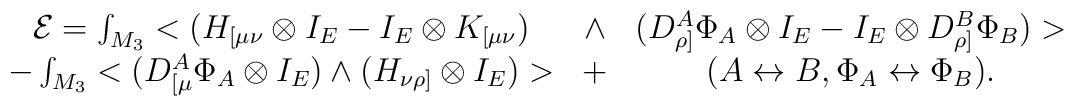
\begin{array}{ccc}{\cal E}=\int_{M_3}<(H_{[\mu \nu }\otimes I_E-I_E\otimes K_{[\mu \nu }) &\wedge & (D_{\rho ]}^A\Phi _A\otimes I_E-I_E\otimes D_{\rho ]}^B\Phi _B)>\\ -\int_{M_3}<(D_{[\mu }^A\Phi _A\otimes I_E)\wedge (H_{\nu \rho ]}\otimes I_E)> & + & (A\leftrightarrow B,\Phi _A\leftrightarrow \Phi _B).\end{array}